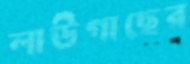
লাউগাছের